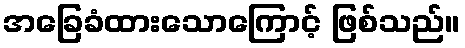
အခြေခံထားသောကြောင့် ဖြစ်သည်။